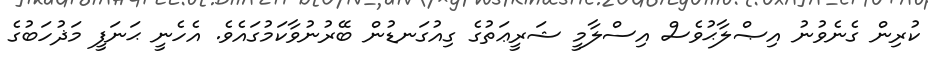
ކުރިން ގެނެވުނު އިޞްލާޙުވެސް އިސްލާމީ ޝަރީޢަތުގެ ގިއުގަނޑުން ބޭރުނުވާކަމުގައެވެ. އެހެނީ ޙަނަފީ މަޛުހަބުގެ